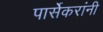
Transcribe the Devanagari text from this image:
पार्सेकरांंनी